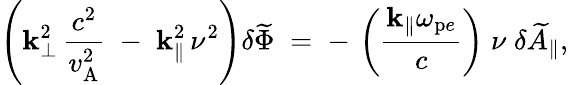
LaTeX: \left(\mathbf{k}_{\bot}^{2}\, \frac{{c^{2}}}{{v_{\mathrm{{A}}}^{2}}}\; -\; \mathbf{k}_{\| }^{2}\, \nu^{2}\right)\delta\widetilde{{\Phi}}\; =\; -\, \left(\frac{{\mathbf{k}_{\| }\omega_{\mathrm{{p}}e}}}{{c}}\right)\; \nu\; \delta\widetilde{{A}}_{\| },